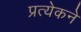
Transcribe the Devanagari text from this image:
प्रत्येकने